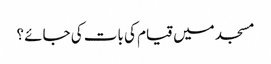
مسجد میں قیام کی بات کی جائے ؟